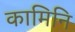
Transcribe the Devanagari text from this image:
कामिनि